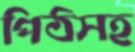
পিঠসহ